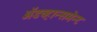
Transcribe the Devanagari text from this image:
अॅडव्हान्समेन्ट